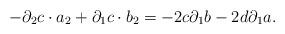
LaTeX: \begin{align*}-{\partial}_{2} c \cdot a_{2}+{\partial}_{1} c \cdot b_{2}=- 2 c{\partial}_{1} b -2 d{\partial}_{1} a.\end{align*}